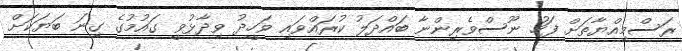
ރަސްމިއްޔާތަށް ފަހު ނޫސްވެރިންނާ ބައްދަލު ކުރައްވައި ވަހީދު ވިދާޅުވީ ގައުމުގެ ގިނަ ބަޔަކަށް